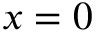
x = 0